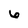
Character: 6